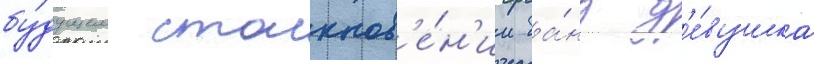
бу́дущем столкнов'е́н'ии ба́нд д'е́вушка